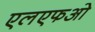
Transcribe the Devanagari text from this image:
एलएफओ